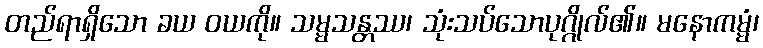
တည်ရာရှိသော ခယ ဝယကို။ သမ္မသန္တဿ၊ သုံးသပ်သောပုဂ္ဂိုလ်၏။ မနောကမ္မံ၊